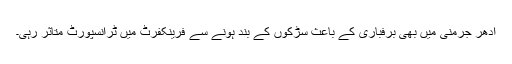
اِدھر جرمنی میں بھی برفباری کے باعث سڑکوں کے بند ہونے سے فرینکفرٹ میں ٹرانسپورٹ متاثر رہی۔